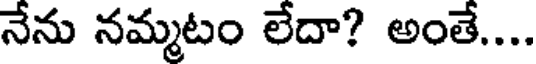
నేను నమ్మటం లేదా? అంతే....